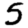
Digit: 5